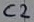
Text: C2